Pusta,_Kaarel_Robert, lk 5
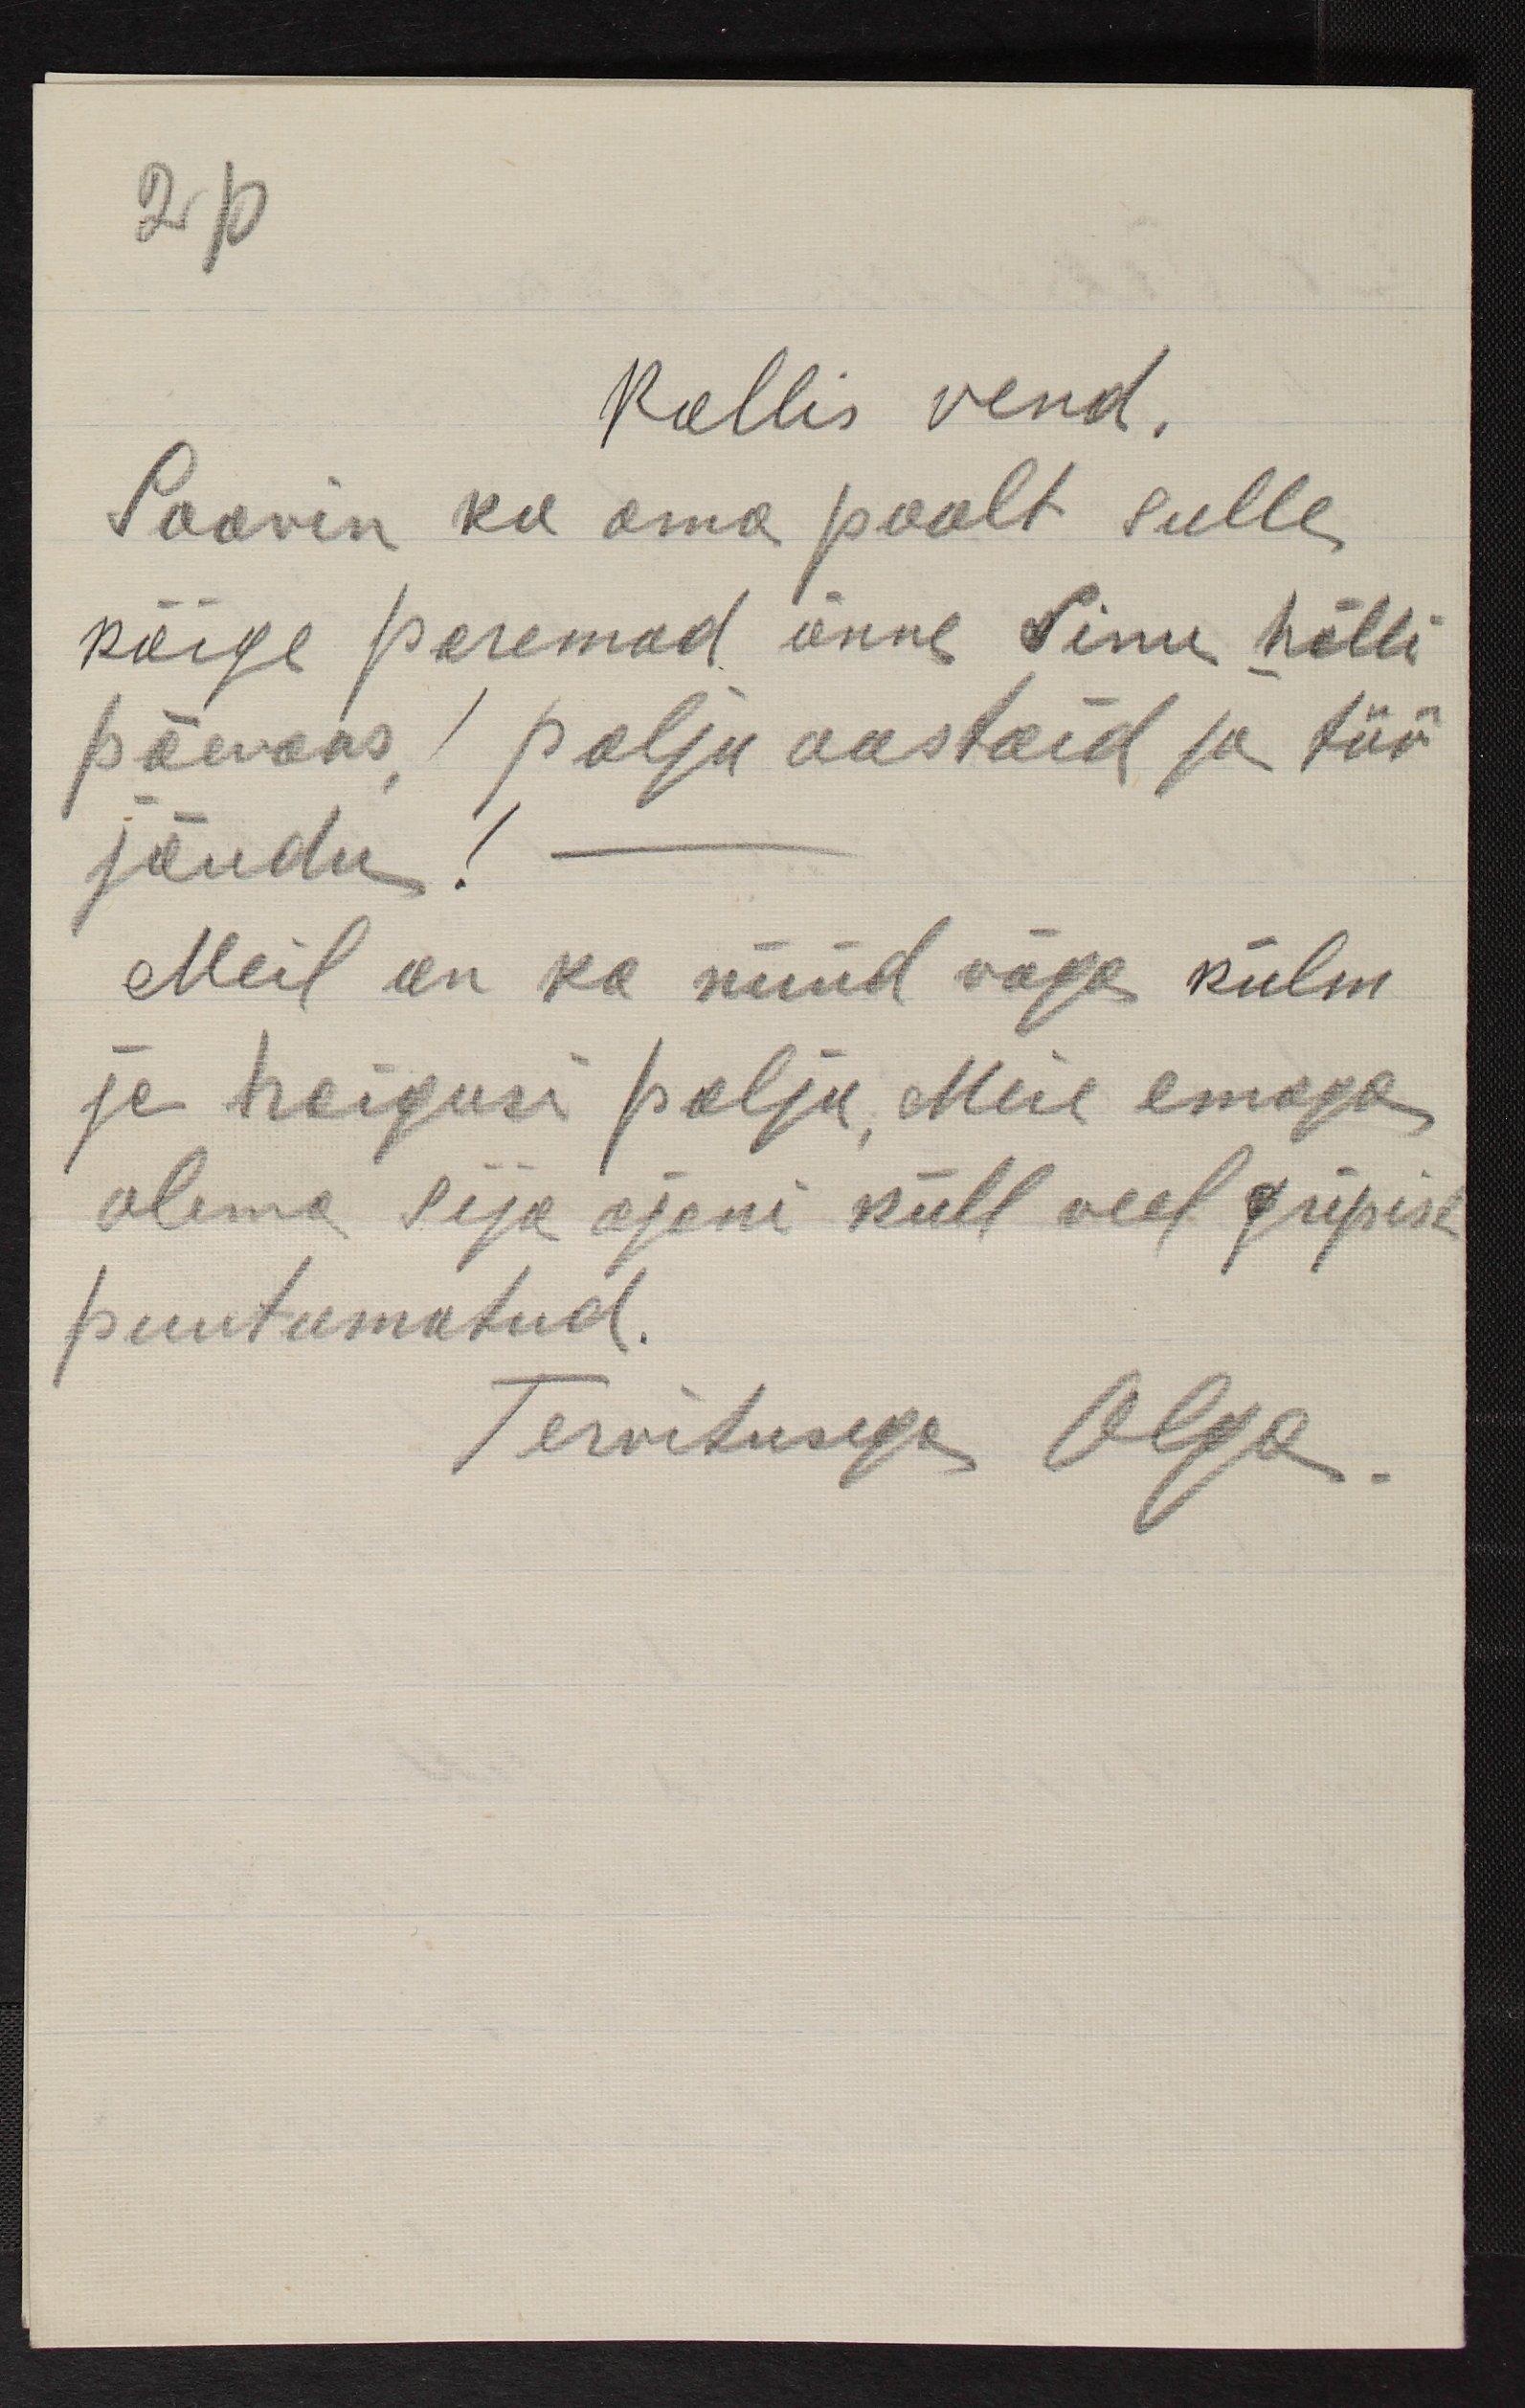
2p
Kallis vend.
Soovn ka oma poolt sulle
kõige paremad õnne Sinu hälli
päewaks! palju aastaid ja töö
jõudu!
Meil on ka nüüd väga külm.
ja haigusi palju Meie emaga
olema sija ajani küll veel gripist
puutumatud.
Tervitusega Olga